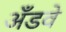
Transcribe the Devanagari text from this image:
अँडवे